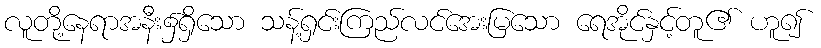
လူတို့နေရာအနီး၌ရှိသော သန့်ရှင်းကြည်လင်အေးမြသော ရေအိုင်နှင့်တူ၏ ဟူ၍